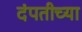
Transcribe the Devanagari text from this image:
दंपतीच्या